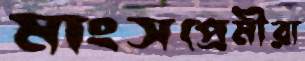
মাংসপ্রেমীরা